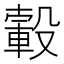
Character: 𣫂